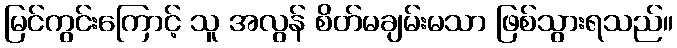
မြင်ကွင်းကြောင့် သူ အလွန် စိတ်မချမ်းမသာ ဖြစ်သွားရသည်။